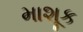
માશૂક